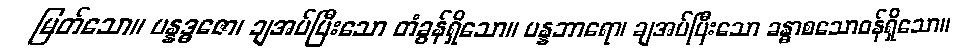
မြတ်သော။ ပန္နဒ္ဓဇော၊ ချအပ်ပြီးသော တံခွန်ရှိသော။ ပန္နဘာရော၊ ချအပ်ပြီးသော ခန္ဓာစသောဝန်ရှိသော။